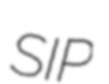
SIP